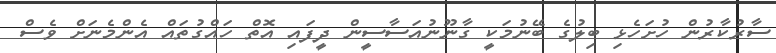
ސާރުކާރުން ހުށަހެޅި ބިލުގެ ބޭނުމަކީ ގާނޫނުއަސާސީން ދީފައި އޮތް ހައްގުތައް އެންމެނަށް ވެސް